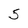
Character: 5